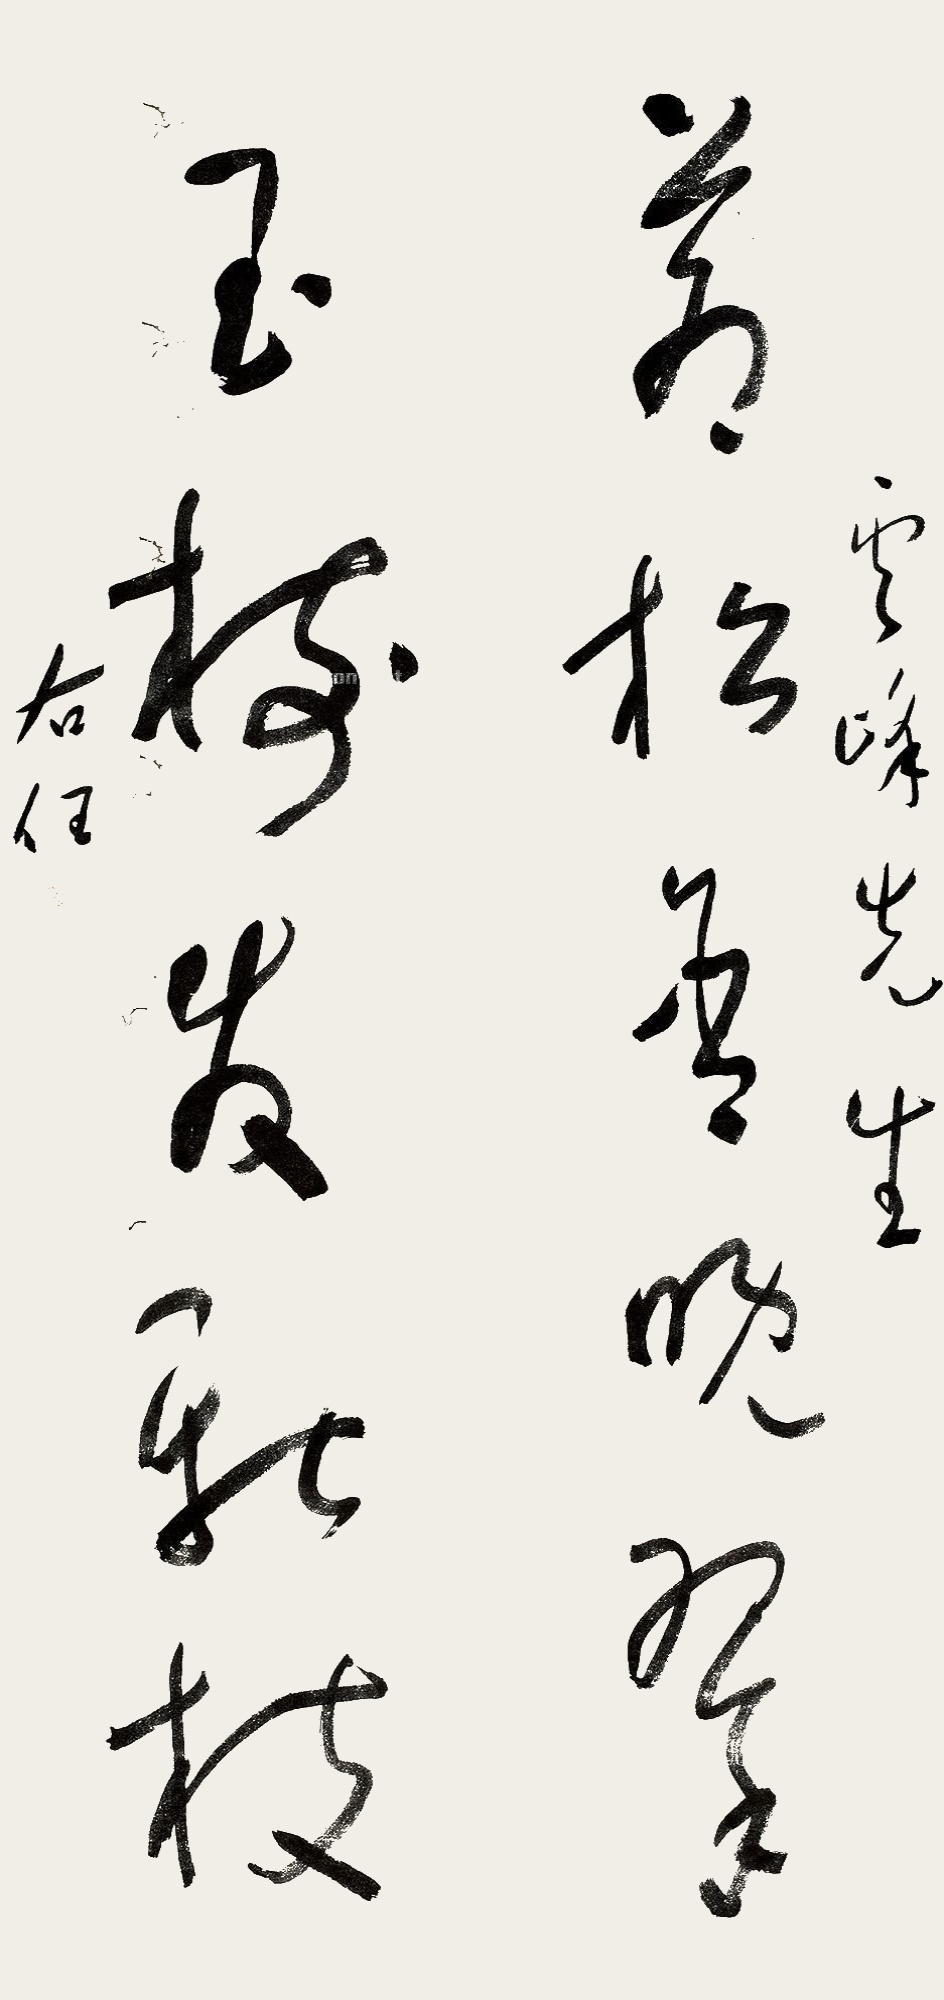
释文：万松含晚翠，玉树发新枝。云峰先生，右任。